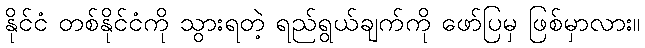
နိုင်ငံ တစ်နိုင်ငံကို သွားရတဲ့ ရည်ရွယ်ချက်ကို ဖော်ပြမှ ဖြစ်မှာလား။